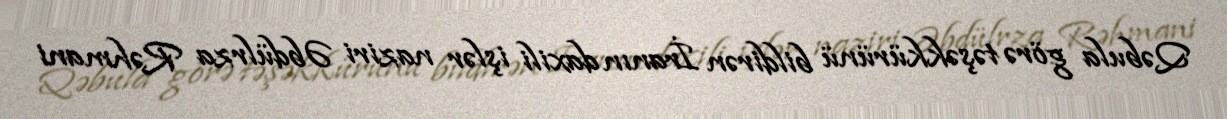
Qəbula görə təşəkkürünü bildirən İranın daxili işlər naziri Əbdülrza Rəhmani